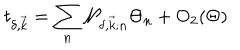
t _ { \delta , \vec { k } } = \sum _ { n } { \cal N } _ { \delta , \vec { k } ; n } \Theta _ { n } + { \mathrm { O } } _ { 2 } ( \Theta )